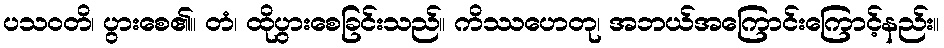
ပသဝတိ၊ ပွားစေ၏။ တံ၊ ထိုပွားစေခြင်းသည်။ ကိဿဟေတု၊ အဘယ်အကြောင်းကြောင့်နည်း။